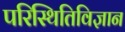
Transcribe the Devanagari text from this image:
परिस्थितिविज्ञान